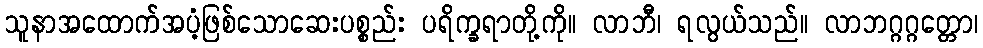
သူနာအထောက်အပံ့ဖြစ်သောဆေးပစ္စည်း ပရိက္ခရာတို့ကို။ လာဘီ၊ ရလွယ်သည်။ လာဘဂ္ဂဂ္ဂတ္တော၊